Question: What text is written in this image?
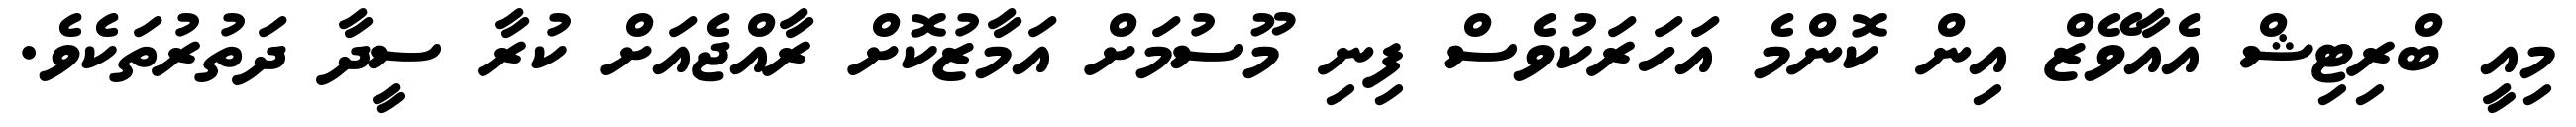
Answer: މިއީ ބްރިޓިޝް އެއާވޭޒް އިން ކޮންމެ އަހަރަކުވެސް ފިނި މޫސުމަށް އަމާޒުކޮށް ރާއްޖެއަށް ކުރާ ސީދާ ދަތުރުތަކެވެ.